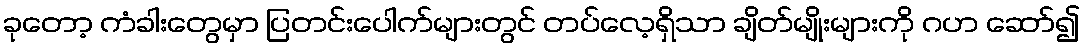
ခုတော့ ကံခါးတွေမှာ ပြတင်းပေါက်များတွင် တပ်လေ့ရှိသာ ချိတ်မျိုးများကို ဂဟ ဆော်၍